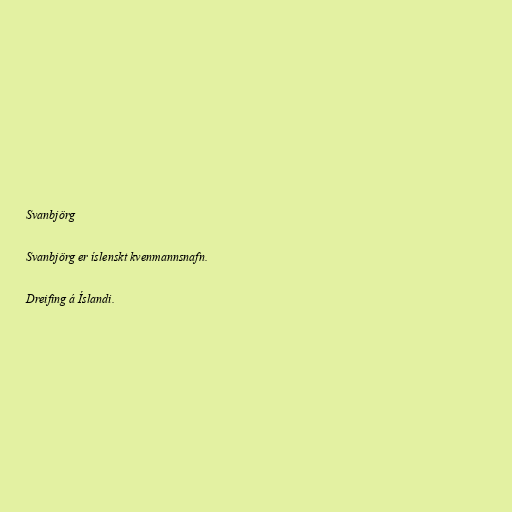
Svanbjörg

Svanbjörg er íslenskt kvenmannsnafn.

Dreifing á Íslandi.